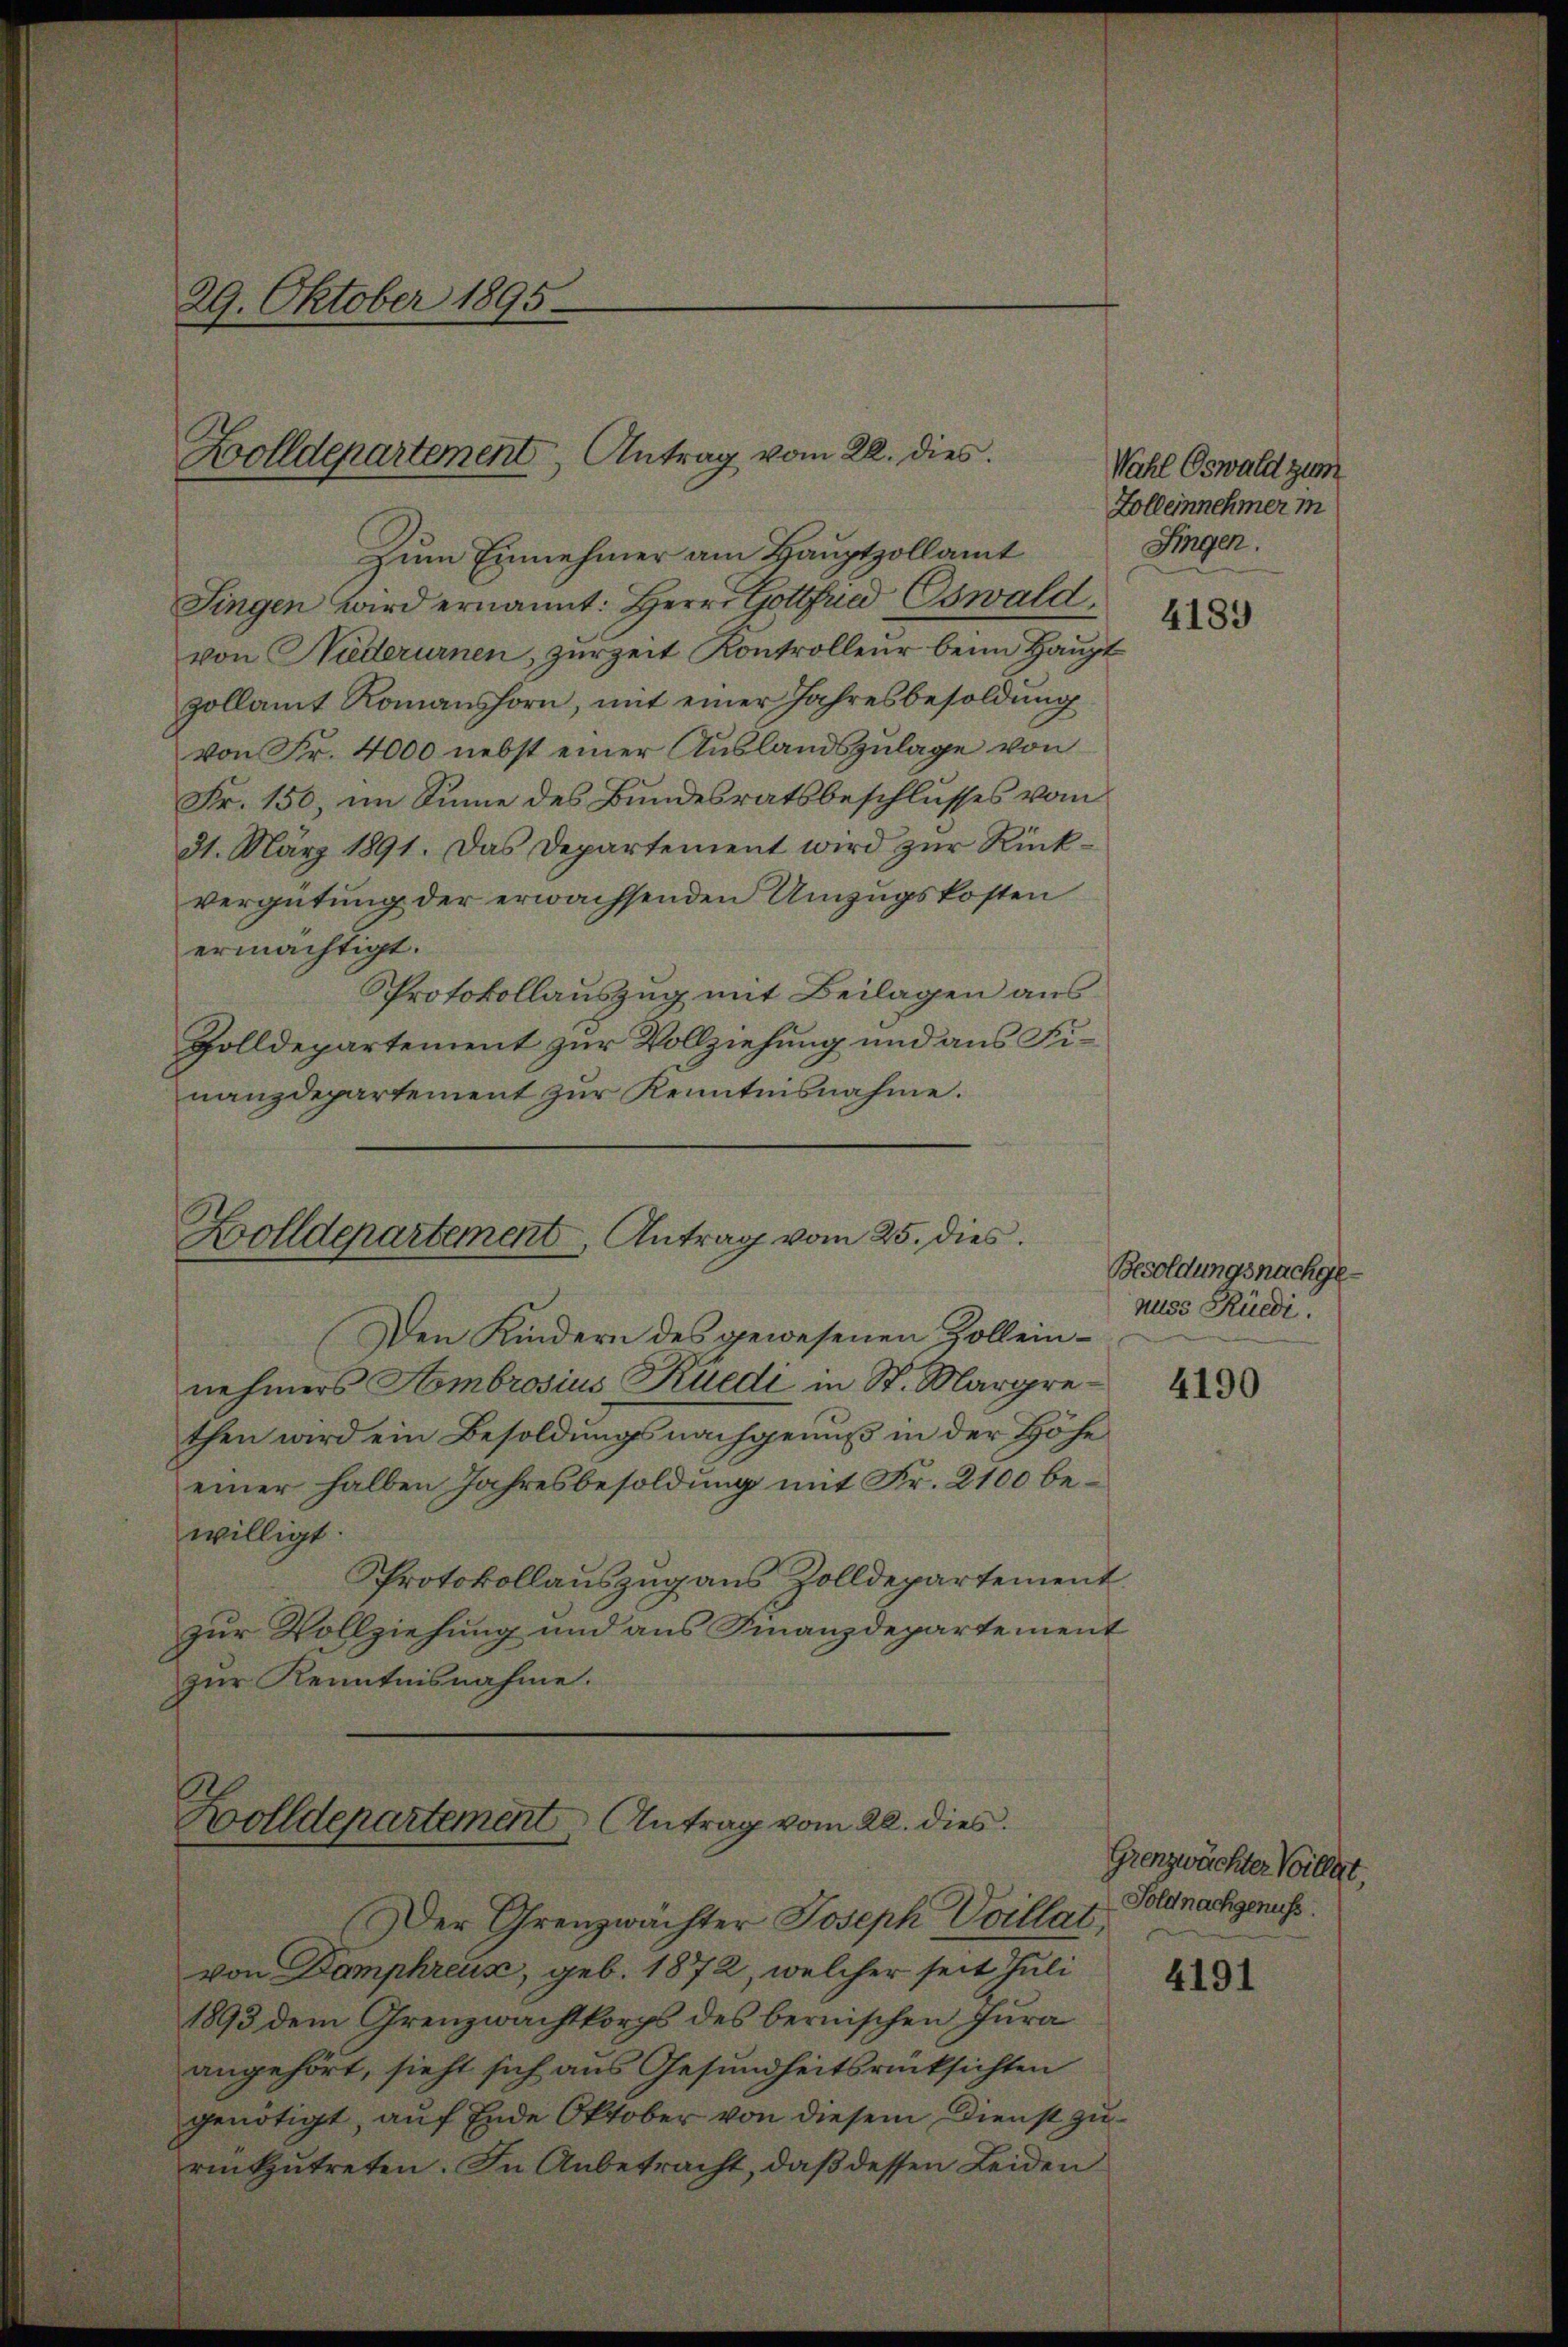
29. Oktober 1895.

Zolldepartement Antrag vom 22. dies

Zum Einnehmer am Hauptzollamt
Singen wird ernannt: Herr Gottfried Oswald
von Niederurnen, zurzeit Kontrolleur beim Haupt
zollamt Romanshorn, mit einer Jahresbesoldung
von Fr. 4000 nebst einer Auslandszulage von
Fr. 150, im Sinne des Bundesratsbeschlusses vom
31. März 1891. Das Departement wird zŭr Rückvergütung der erwachsenden Umzugskosten
ermächtigt.
Protokollauszug mit Beilagen aus
Zolldepartement zur Vollziehung und aus Finanzdepartement zur Kenntnisnahme.

Zolldepartement, Antrag vom 25. dies

Den Kindern des gewesenen Zolleinnehmers Hombrosius Rüedi in St. Margrethen wird ein Besoldungsnachgenuß in der Höhe
einer halben Jahresbesoldung mit Fr. 2100 bewilligt.
Protokollauszug aus Zolldepartement
zur Vollziehung und aus Finanzdepartement
zur Kenntnisnahme.

Zolldepartement Antrag vom 20. dies

Der Grenzwächter Joseph Ovillat,
von Damphreux, geb. 1872, welcher seit Juli
1893 dem Grenzwachtkorps des bernischen Jura
angehört, sieht sich aus Gesundheitsrücksichten
genötigt, auf Ende Oktober von diesem Dienst zurükzutreten. In Anbetracht, daß dessen Leiden

Wahl Oswald zum
Zolleinnehmer in
Fingen.

4189

Besoldungsnachgenuss Rüedi.

4190

Grenzwächter Villat,
Soldnachgenuss.

4191